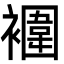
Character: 䙟